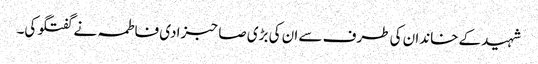
شہید کے خاندان کی طرف سے ان کی بڑی صاحبزادی فاطمہ نے گفتگو کی۔